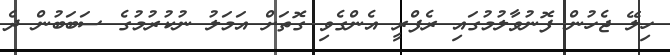
ހިލޭ ޖެހުން ފޮނުވާލުމުގައި ރެފްރީ އެންގެވި ގޮތަށް އަމަލު ނުކުރުމުގެ ސަބަބުން ދެ